Annual statistical returns and brief notes on vaccination in Bengal - 1887-1898
Year: 1887
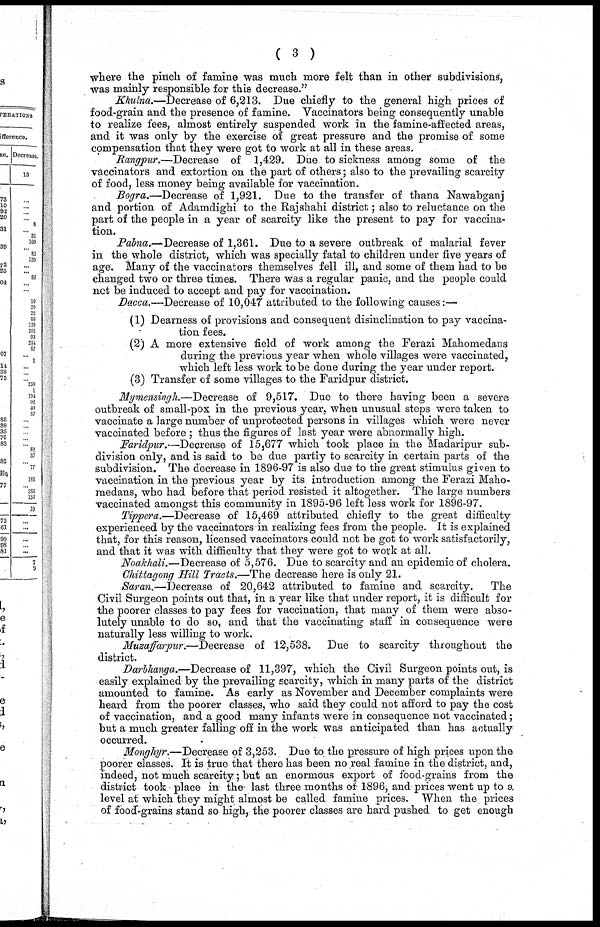
( 3 )
where the pinch of famine was much more felt than in other subdivisions,
was mainly responsible for this decrease."
Khulna.—Decrease of 6,213. Due chiefly to the general high prices of
food-grain and the presence of famine. Vaccinators being consequently unable
to realize fees, almost entirely suspended work in the famine-affected areas,
and it was only by the exercise of great pressure and the promise of some
compensation that they were got to work at all in these areas.
Rangpur.—Decrease of 1,429. Due to sickness among some of the
vaccinators and extortion on the part of others; also to the prevailing scarcity
of food, less money being available for vaccination.
Bogra.—Decrease of 1,921. Due to the transfer of thana Nawabganj
and portion of Adamdighi to the Rajshahi district; also to reluctance on the
part of the people in a year of scarcity like the present to pay for vaccina-
tion.
Pabna.—Decrease of 1,361. Due to a severe outbreak of malarial fever
in the whole district, which was specially fatal to children under five years of
age. Many of the vaccinators themselves fell ill, and some of them had to be
changed two or three times. There was a regular panic, and the people could
not be induced to accept and pay for vaccination.
Dacca.—Decrease of 10,047 attributed to the following causes:—
(1) Dearness of provisions and consequent disinclination to pay vaccina-
tion fees.
(2) A more extensive field of work among the Ferazi Mahomedans
during the previous year when whole villages were vaccinated,
which left less work to be done during the year under report.
(3) Transfer of some villages to the Faridpur district.
Mymensingh.—Decrease of 9,517. Due to there having been a severe
outbreak of small-pox in the previous year, when unusual steps were taken to
vaccinate a large number of unprotected persons in villages which were never
vaccinated before ; thus the figures of last year were abnormally high.
Faridpur.—Decrease of 15,677 which took place in the Madaripur sub-
division only, and is said to be due partly to scarcity in certain parts of the
subdivision. The decrease in 1896-97 is also due to the great stimulus given to
vaccination in the previous year by its introduction among the Ferazi Maho¬
medans, who had before that period resisted it altogether. The large numbers
vaccinated amongst this community in 1895-96 left less work for 1896-97.
Tippera.—Decrease of 15,469 attributed chiefly to the great difficulty
experienced by the vaccinators in realizing fees from the people. It is explained
that, for this reason, licensed vaccinators could not be got to work satisfactorily,
and that it was with difficulty that they were got to work at all.
Noakhali.—Decrease of 5,576. Due to scarcity and an epidemic of cholera.
Chittagong Hill Tracts.—The decrease here is only 21.
Saran.—Decrease of 20,642 attributed to famine and scarcity.
The
Civil Surgeon points out that, in a year like that under report, it is difficult for
the poorer classes to pay fees for vaccination, that many of them were abso-
lutely unable to do so, and that the vaccinating staff in consequence were
naturally less willing to work.
Muzaffarpur.—Decrease of 12,538. Due to scarcity throughout the
district.
Darbhanga.—Decrease of 11,397, which the Civil Surgeon points out, is
easily explained by the prevailing scarcity, which in many parts of the district
amounted to famine. As early as November and December complaints were
heard from the poorer classes, who said they could not afford to pay the cost
of vaccination, and a good many infants were in consequence not vaccinated;
but a much greater falling off in the work was anticipated than has actually
occurred.
Monghyr.—Decrease of 3,253. Due to the pressure of high prices upon the
poorer classes. It is true that there has been no real famine in the district, and,
indeed, not much scarcity; but an enormous export of food-grains from the
district took place in the last three months of 1896, and prices went up to a
level at which they might almost be called famine prices. When the prices
of food-grains stand so high, the poorer classes are hard pushed to get enough